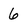
Character: 6